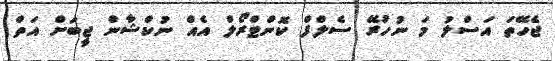
ޖެހޭތަ އަސްލު މަ ނުހުރޭ ސެލްފް ކޮންޓްރޯލް އެއް ނުކްޝާން ޖީބަށް އަތް